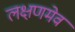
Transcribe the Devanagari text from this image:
लक्षणमेव